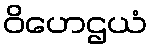
ဝိဟေဌယံ